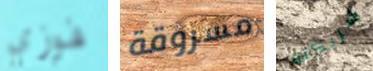
فوزي مسروقة شريكته